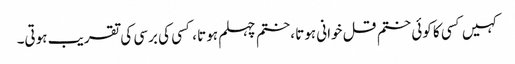
کہیں کسی کا کوئی ختم قل خوانی ہوتا ،ختم چہلم ہوتا ، کسی کی برسی کی تقریب ہوتی۔